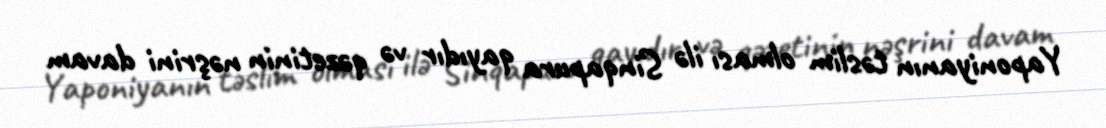
Yaponiyanın təslim olması ilə Sinqapura qayıdır və qəzetinin nəşrini davam